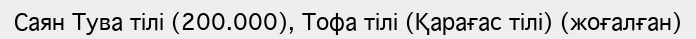
Саян Тува тілі (200.000), Тофа тілі (Қарағас тілі) (жоғалған)